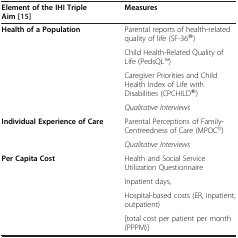
<table><thead><tr><td><b>Element of the IHI Triple Aim[15]</b></td><td><b>Measures</b></td></tr></thead><tbody><tr><td rowspan="4"><b>Health of a Population</b></td><td>Parental reports of health-related quality of life (SF-36®)</td></tr><tr><td>Child Health-Related Quality of Life (PedsQLTM)</td></tr><tr><td>Caregiver Priorities and Child Health Index of Life with Disabilities (CPCHILD®)</td></tr><tr><td><i>Qualitative Interviews</i></td></tr><tr><td rowspan="2"><b>Individual Experience of Care</b></td><td>Parental Perceptions of Family-Centreedness of Care (MPOC<sup>©</sup>)</td></tr><tr><td><i>Qualitative Interviews</i></td></tr><tr><td rowspan="3"><b>Per Capita Cost</b></td><td>Health and Social Service Utilization Questionnaire</td></tr><tr><td>Inpatient days,</td></tr><tr><td>Hospital-based costs (ER, inpatient, outpatient)</td></tr><tr><td> </td><td>[total cost per patient per month (PPPM)]</td></tr></tbody></table>